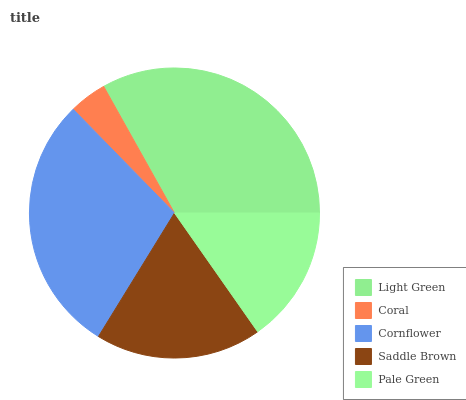
| Light Green | Coral | Cornflower | Saddle Brown | Pale Green |
 | --- | --- | --- | --- | --- |
 | 33.1% | 4.2% | 29% | 18.5% | 15.3% |